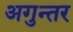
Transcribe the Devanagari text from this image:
अगुन्तर